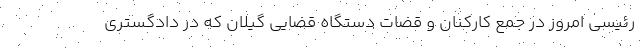
رئیسی امروز در جمع کارکنان و قضات دستگاه قضایی گیلان که در دادگستری